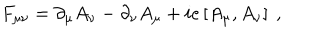
F _ { \mu \nu } = \partial _ { \mu } A _ { \nu } - \partial _ { \nu } A _ { \mu } + i e \left[ A _ { \mu } , A _ { \nu } \right] \ ,